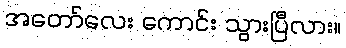
အတော်လေး ကောင်း သွားပြီလား။